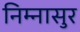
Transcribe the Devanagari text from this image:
निम्नासुर